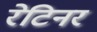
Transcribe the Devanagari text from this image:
रेटिनर